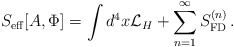
\begin{align*}S_{\rm eff}[A, \Phi] = \int d^4 x {\mathcal L}_H + \sum_{n=1}^{\infty} S_{\rm FD}^{(n)}\, .\end{align*}